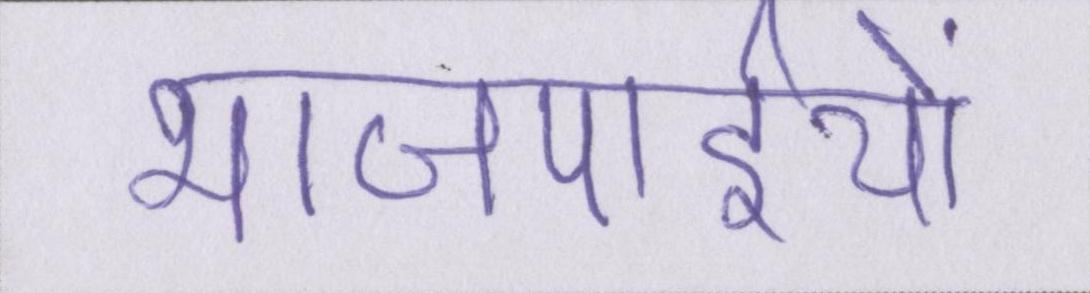
भाजपाईयों